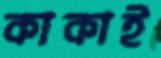
কাকাই